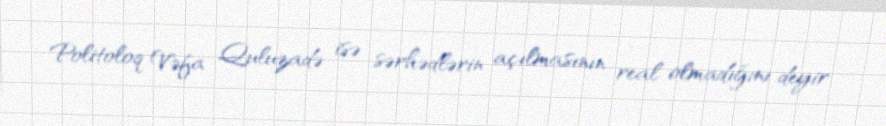
Politoloq Vəfa Quluzadə isə sərhədlərin açılmasının real olmadığını deyir.